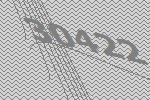
30422